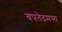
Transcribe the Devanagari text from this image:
वपतेदमस्य